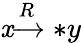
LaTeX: \mathit{x}{\xrightarrow{{{R}}}{{*}}}y